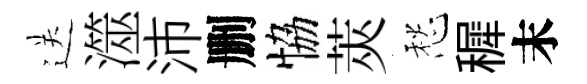
送澨沛删恊莢愁穉末